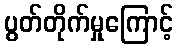
ပွတ်တိုက်မှုကြောင့်